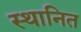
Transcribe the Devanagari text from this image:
स्थानित